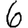
Digit: 6